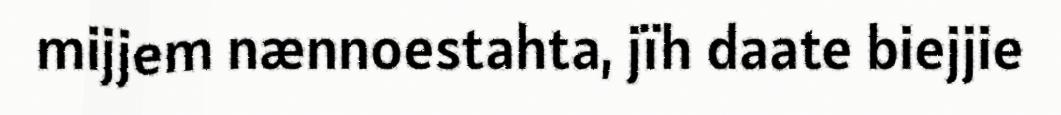
mijjem nænnoestahta, jïh daate biejjie